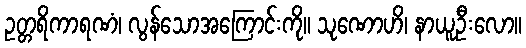
ဥတ္တရိကာရဏံ၊ လွန်သောအကြောင်းကို။ သုဏောဟိ၊ နာယူဦးလော။